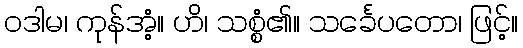
ဝဒါမ၊ ကုန်အံ့။ ဟိ၊ သစ္စံ၏။ သင်္ခေပတော၊ ဖြင့်။